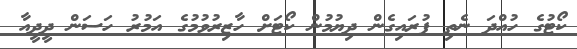
ކޯޓުގެ ހުއްދަ ނެތި ފުރައިގެން ދިޔުމުން ކޯޓަށް ހާޒިރުވުމުގެ އަމުރު ހަސަން ދީދީއާ